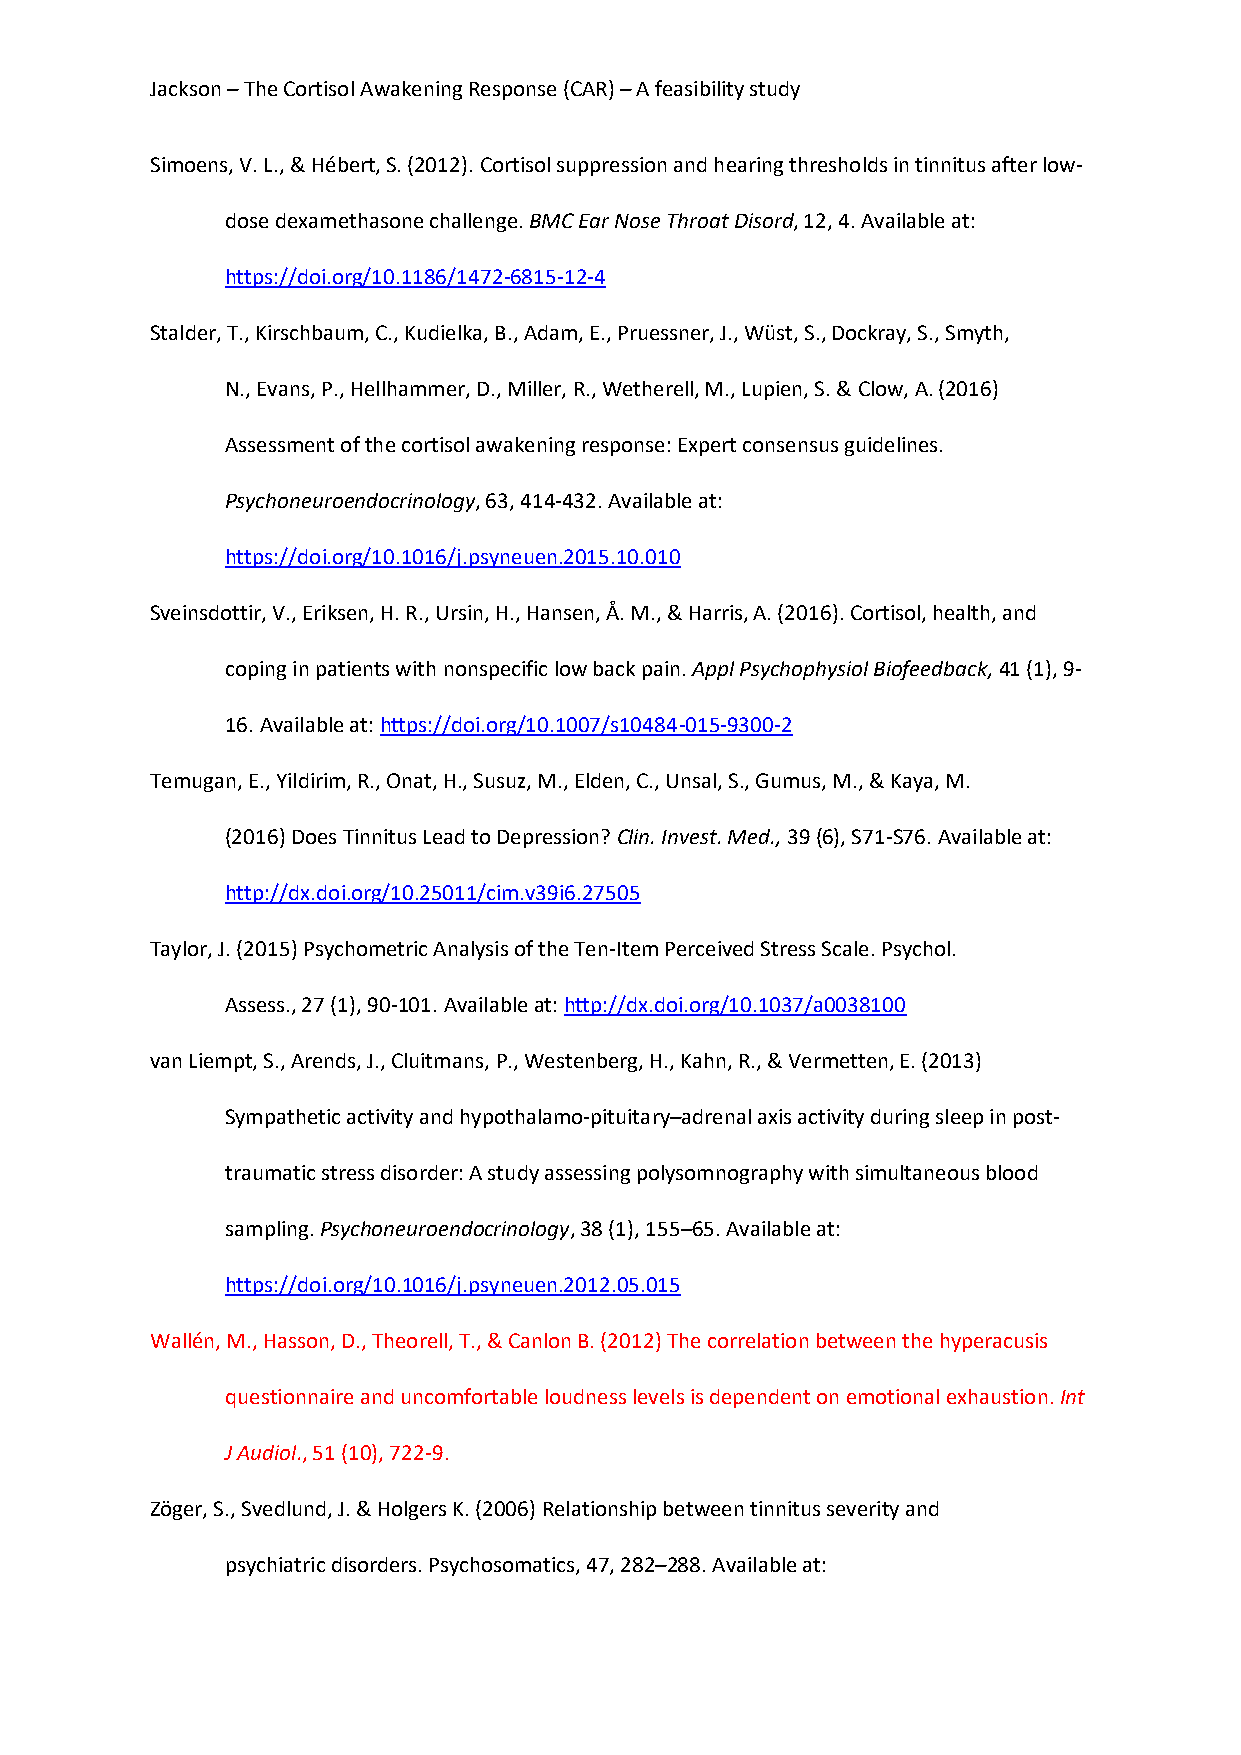
Jackson – The Cortisol Awakening Response (CAR) – A feasibility study
 Simoens, V. L., & Hébert, S. (2012). Cortisol suppression and hearing thresholds in tinnitus after low-
 dose dexamethasone challenge. BMC Ear Nose Throat Disord, 12, 4. Available at:
 https://doi.org/10.1186/1472-6815-12-4
 Stalder, T., Kirschbaum, C., Kudielka, B., Adam, E., Pruessner, J., Wüst, S., Dockray, S., Smyth,
 N., Evans, P., Hellhammer, D., Miller, R., Wetherell, M., Lupien, S. & Clow, A. (2016)
 Assessment of the cortisol awakening response: Expert consensus guidelines.
 Psychoneuroendocrinology, 63, 414-432. Available at:
 https://doi.org/10.1016/j.psyneuen.2015.10.010
 Sveinsdottir, V., Eriksen, H. R., Ursin, H., Hansen, Å. M., & Harris, A. (2016). Cortisol, health, and
 coping in patients with nonspecific low back pain. Appl Psychophysiol Biofeedback, 41 (1), 9-
 16. Available at: https://doi.org/10.1007/s10484-015-9300-2
 Temugan, E., Yildirim, R., Onat, H., Susuz, M., Elden, C., Unsal, S., Gumus, M., & Kaya, M.
 (2016) Does Tinnitus Lead to Depression? Clin. Invest. Med., 39 (6), S71-S76. Available at:
 http://dx.doi.org/10.25011/cim.v39i6.27505
 Taylor, J. (2015) Psychometric Analysis of the Ten-Item Perceived Stress Scale. Psychol.
 Assess., 27 (1), 90-101. Available at: http://dx.doi.org/10.1037/a0038100
 van Liempt, S., Arends, J., Cluitmans, P., Westenberg, H., Kahn, R., & Vermetten, E. (2013)
 Sympathetic activity and hypothalamo-pituitary–adrenal axis activity during sleep in post-
 traumatic stress disorder: A study assessing polysomnography with simultaneous blood
 sampling. Psychoneuroendocrinology, 38 (1), 155–65. Available at:
 https://doi.org/10.1016/j.psyneuen.2012.05.015
 Wallén, M., Hasson, D., Theorell, T., & Canlon B. (2012) The correlation between the hyperacusis
 questionnaire and uncomfortable loudness levels is dependent on emotional exhaustion. Int
 J Audiol., 51 (10), 722-9.
 Zöger, S., Svedlund, J. & Holgers K. (2006) Relationship between tinnitus severity and
 psychiatric disorders. Psychosomatics, 47, 282–288. Available at: